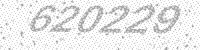
Solution: 620229